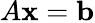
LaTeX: A\mathbf{x}=\mathbf{b}